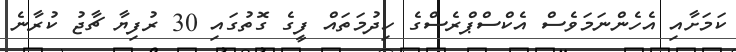
ކަމަށާއި އެހެންނަމަވެސް އެކްސްޕްރެސްގެ ހިދުމަތައް ފީގެ ގޮތުގައި 30 ރުފިޔާ ޗާޖު ކުރާނެ